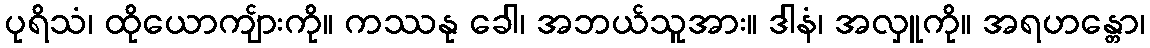
ပုရိသံ၊ ထိုယောကျ်ားကို။ ကဿနု ခေါ၊ အဘယ်သူအား။ ဒါနံ၊ အလှူကို။ အရဟန္တော၊